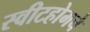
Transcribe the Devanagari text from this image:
स्वीटहोमचे